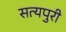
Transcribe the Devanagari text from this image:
सत्यपुरी